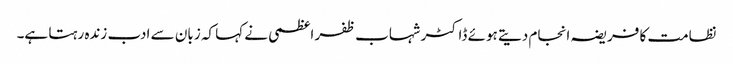
نظامت کا فریضہ انجام دیتے ہوئے ڈاکٹر شہاب ظفر اعظمی نے کہا کہ زبان سے ادب زندہ رہتا ہے۔